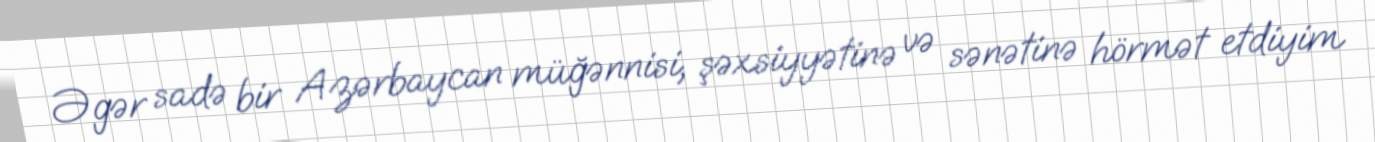
Əgər sadə bir Azərbaycan müğənnisi, şəxsiyyətinə və sənətinə hörmət etdiyim